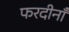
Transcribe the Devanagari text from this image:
फरदीनाँ